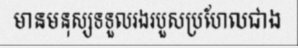
មានមនុស្សទទួលរងរបួសប្រហែលជាង